Inquiry into the circumstances attending an outbreak of cholera in H. M.'s 18th Hussars at Secunderabad in the month of May
Year: 1871
Disease focus: Cholera
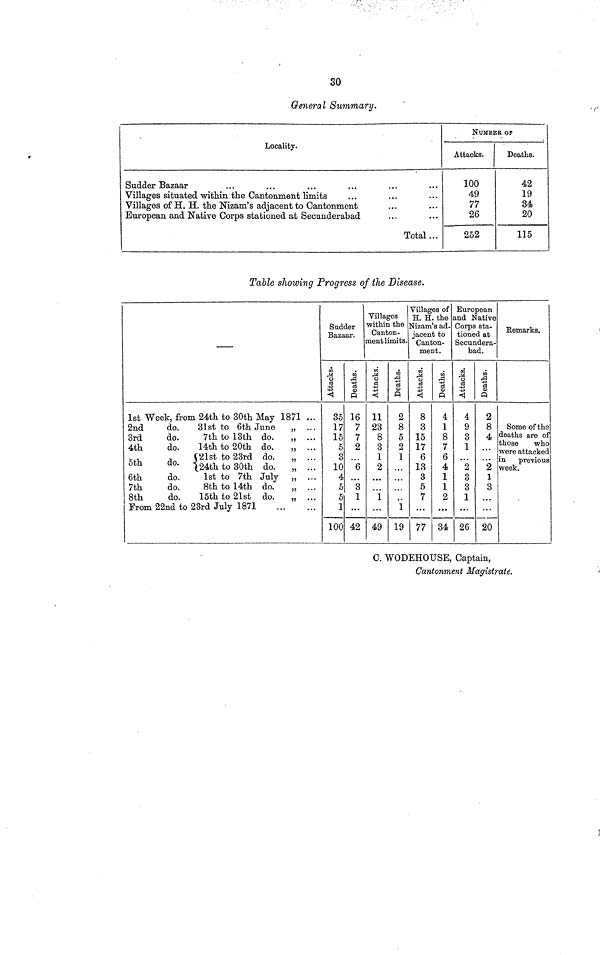
so
General Summary.
Locality.
Sudder Bazaar
Villages situated within the Cantonment limits
Villages of H. H. the Nizam's adjacent to Cantonment
European and Native Corps stationed at Secunderabad
Total...
NUMBER OF
Attacks.
100
49
77
26
252
Deaths.
42
19
34
20
115
Table showing Progress of the Disease.
1st Week, from 24th to 30th May 1871
2nd
do.
31st to 6th June
3rd
do.
7th to 13th do.
4th
do.
14th to 20th do.
21st to 23rd do.
5th
do.
24th to 30th do.
6th
do.
1st to 7th July
7th
do.
8th to 14th do.
8th
do.
15th to 21st do.
From 22nd to 23rd July 1871
Sudder
Bazaar.
Attacks.
35
17
15
5
3
10
4
5
5
1
100
Deaths.
16
7
7
2
3
1
42
Villages
within the
Canton-
ment limits.
Attacks.
11
23
8
3
1
2
49
Deaths.
2
8
5
2
1
1
19
Villages of
H. H. the
Nizam's ad-
jacent to
Canton-
ment.
Attacks.
8
3
15
17
6
13
3
5
7
77
Deaths.
4
1
8
7
6
4
1
1
2
34
European
and Native
Corps sta-
tioned at
Secundera-
bad.
4
9
3
1
3
3
1
26
Deaths.
2
8
4
2
1
3
20
Remarks.
Some of the
deaths are of
those
who
were attacked
week.
C. WODEHOUSE, Captain,
Cantonment Magistrate.